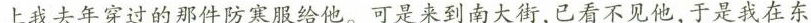
上我去年穿过的那件防寒服给他。可是来到南大街，已看不见他，于是我在东